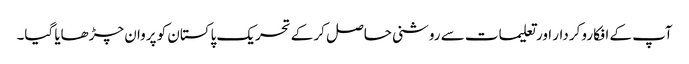
آپ کے افکارو کردار اور تعلیمات سے روشنی حاصل کر کے تحریک پاکستان کو پروان چڑھایا گیا۔